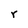
Character: r